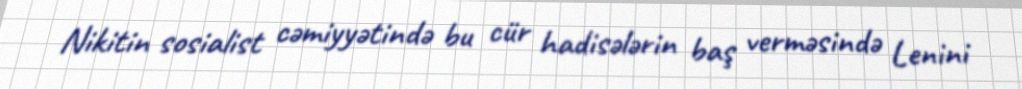
Nikitin sosialist cəmiyyətində bu cür hadisələrin baş verməsində Lenini